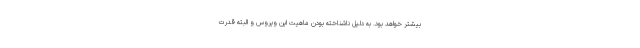
بیشتر خواهد بود. به دلیل ناشناخته بودن ماهیت این ویروس و البته قدرت